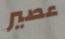
عصير